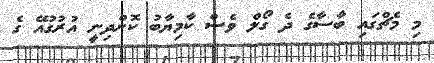
މި މެޗްގައި ބާސާގެ ދެ ގޯލް ވެސް ކާމިޔާބު ކޮށްދިނީ އުރުގުއޭ ގެ